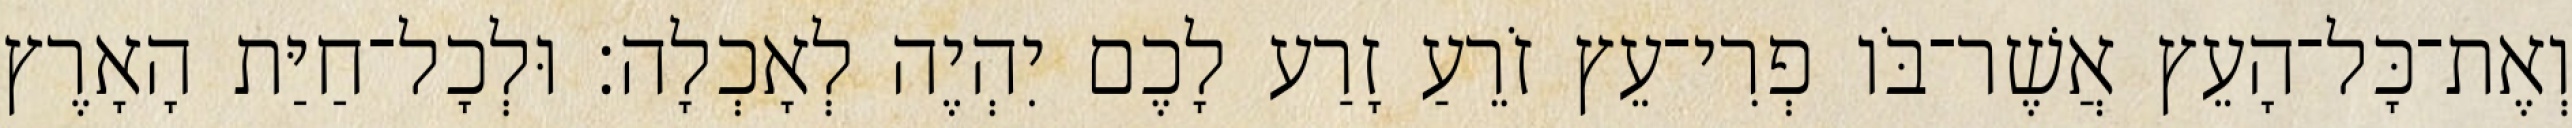
וְאֶת־כָּל־הָעֵץ אֲשֶׁר־בֹּו פְרִי־עֵץ זֹרֵעַ זָרַע לָכֶם יִהְיֶה לְאָכְלָה׃ וּלְכָל־חַיַּת הָאָרֶץ